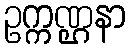
ဥက္ကဏ္ဌနာ